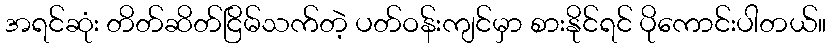
အရင်ဆုံး တိတ်ဆိတ်ငြိမ်သက်တဲ့ ပတ်ဝန်းကျင်မှာ စားနိုင်ရင် ပိုကောင်းပါတယ်။